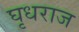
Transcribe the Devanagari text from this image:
घृधराज